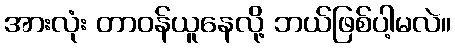
အားလုံး တာဝန်ယူနေလို့ ဘယ်ဖြစ်ပါ့မလဲ။